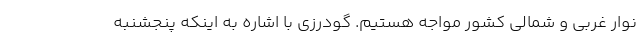
نوار غربی و شمالی کشور مواجه هستیم. گودرزی با اشاره به اینکه پنجشنبه